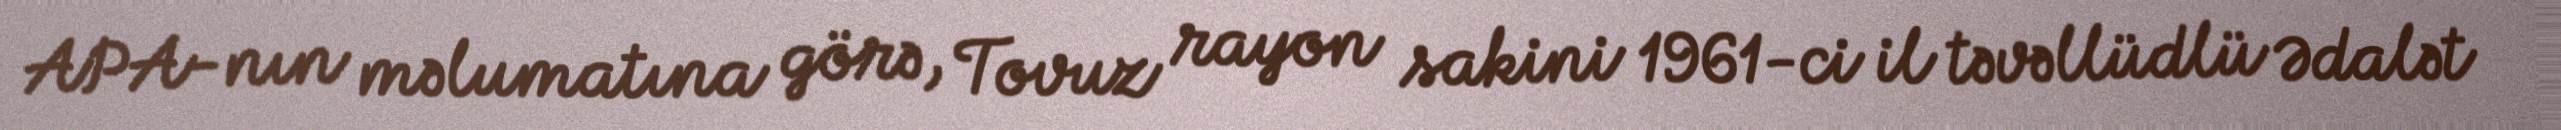
APA-nın məlumatına görə, Tovuz rayon sakini 1961-ci il təvəllüdlü Ədalət